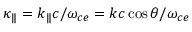
\kappa _ { \| } = k _ { \| } c / \omega _ { c e } = k c \cos \theta / \omega _ { c e }